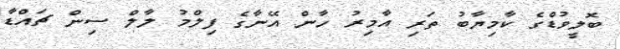
ބޮލީވުޑްގެ ކާމިޔާބު ތަރި އާމިރު ހާން އޭނާގެ ފިލްމު ލާލް ސިން ޗައްޑާ